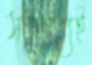
সাহায্যেই